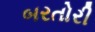
બરતોરી